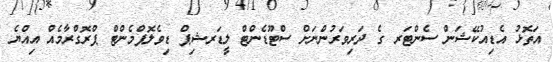
އަތޮޅު އެޑިއުކޭޝަން ސެންޓަރ ގެ ދަރިވަރުންނަށް ސްޓޫޑެންޓް ލީޑަރޝިޕް ޑިވެލޮޕްމެންޓް ޕްރޮގްރާމެއް އިއްޔެ